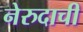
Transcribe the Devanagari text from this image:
नेरुदाची